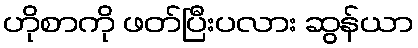
ဟိုစာကို ဖတ်ပြီးပလား ဆွန်ယာ